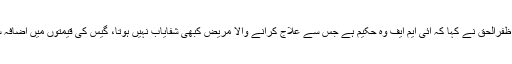
اظہار خیال کرتے ہوئے راجہ ظفرالحق نے کہا کہ آئی ایم ایف وہ حکیم ہے جس سے علاج کرانے والا مریض کبھی شفایاب نہیں ہوتا، گیس کی قیمتوں میں اضافہ سے مہنگائی کا طوفان آئے گا۔